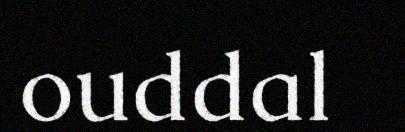
ouddal